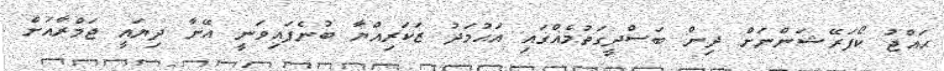
ޙައްޖު ކޯޕަރޭޝަންނަށް ދިން ބަސްދީގަތުމެއްގައި އަޙުމަދު ޒަކަރިއްޔާ ބުނެފައިވަނީ އޭނާ ދިޔައީ ޖަމްރާއަށް